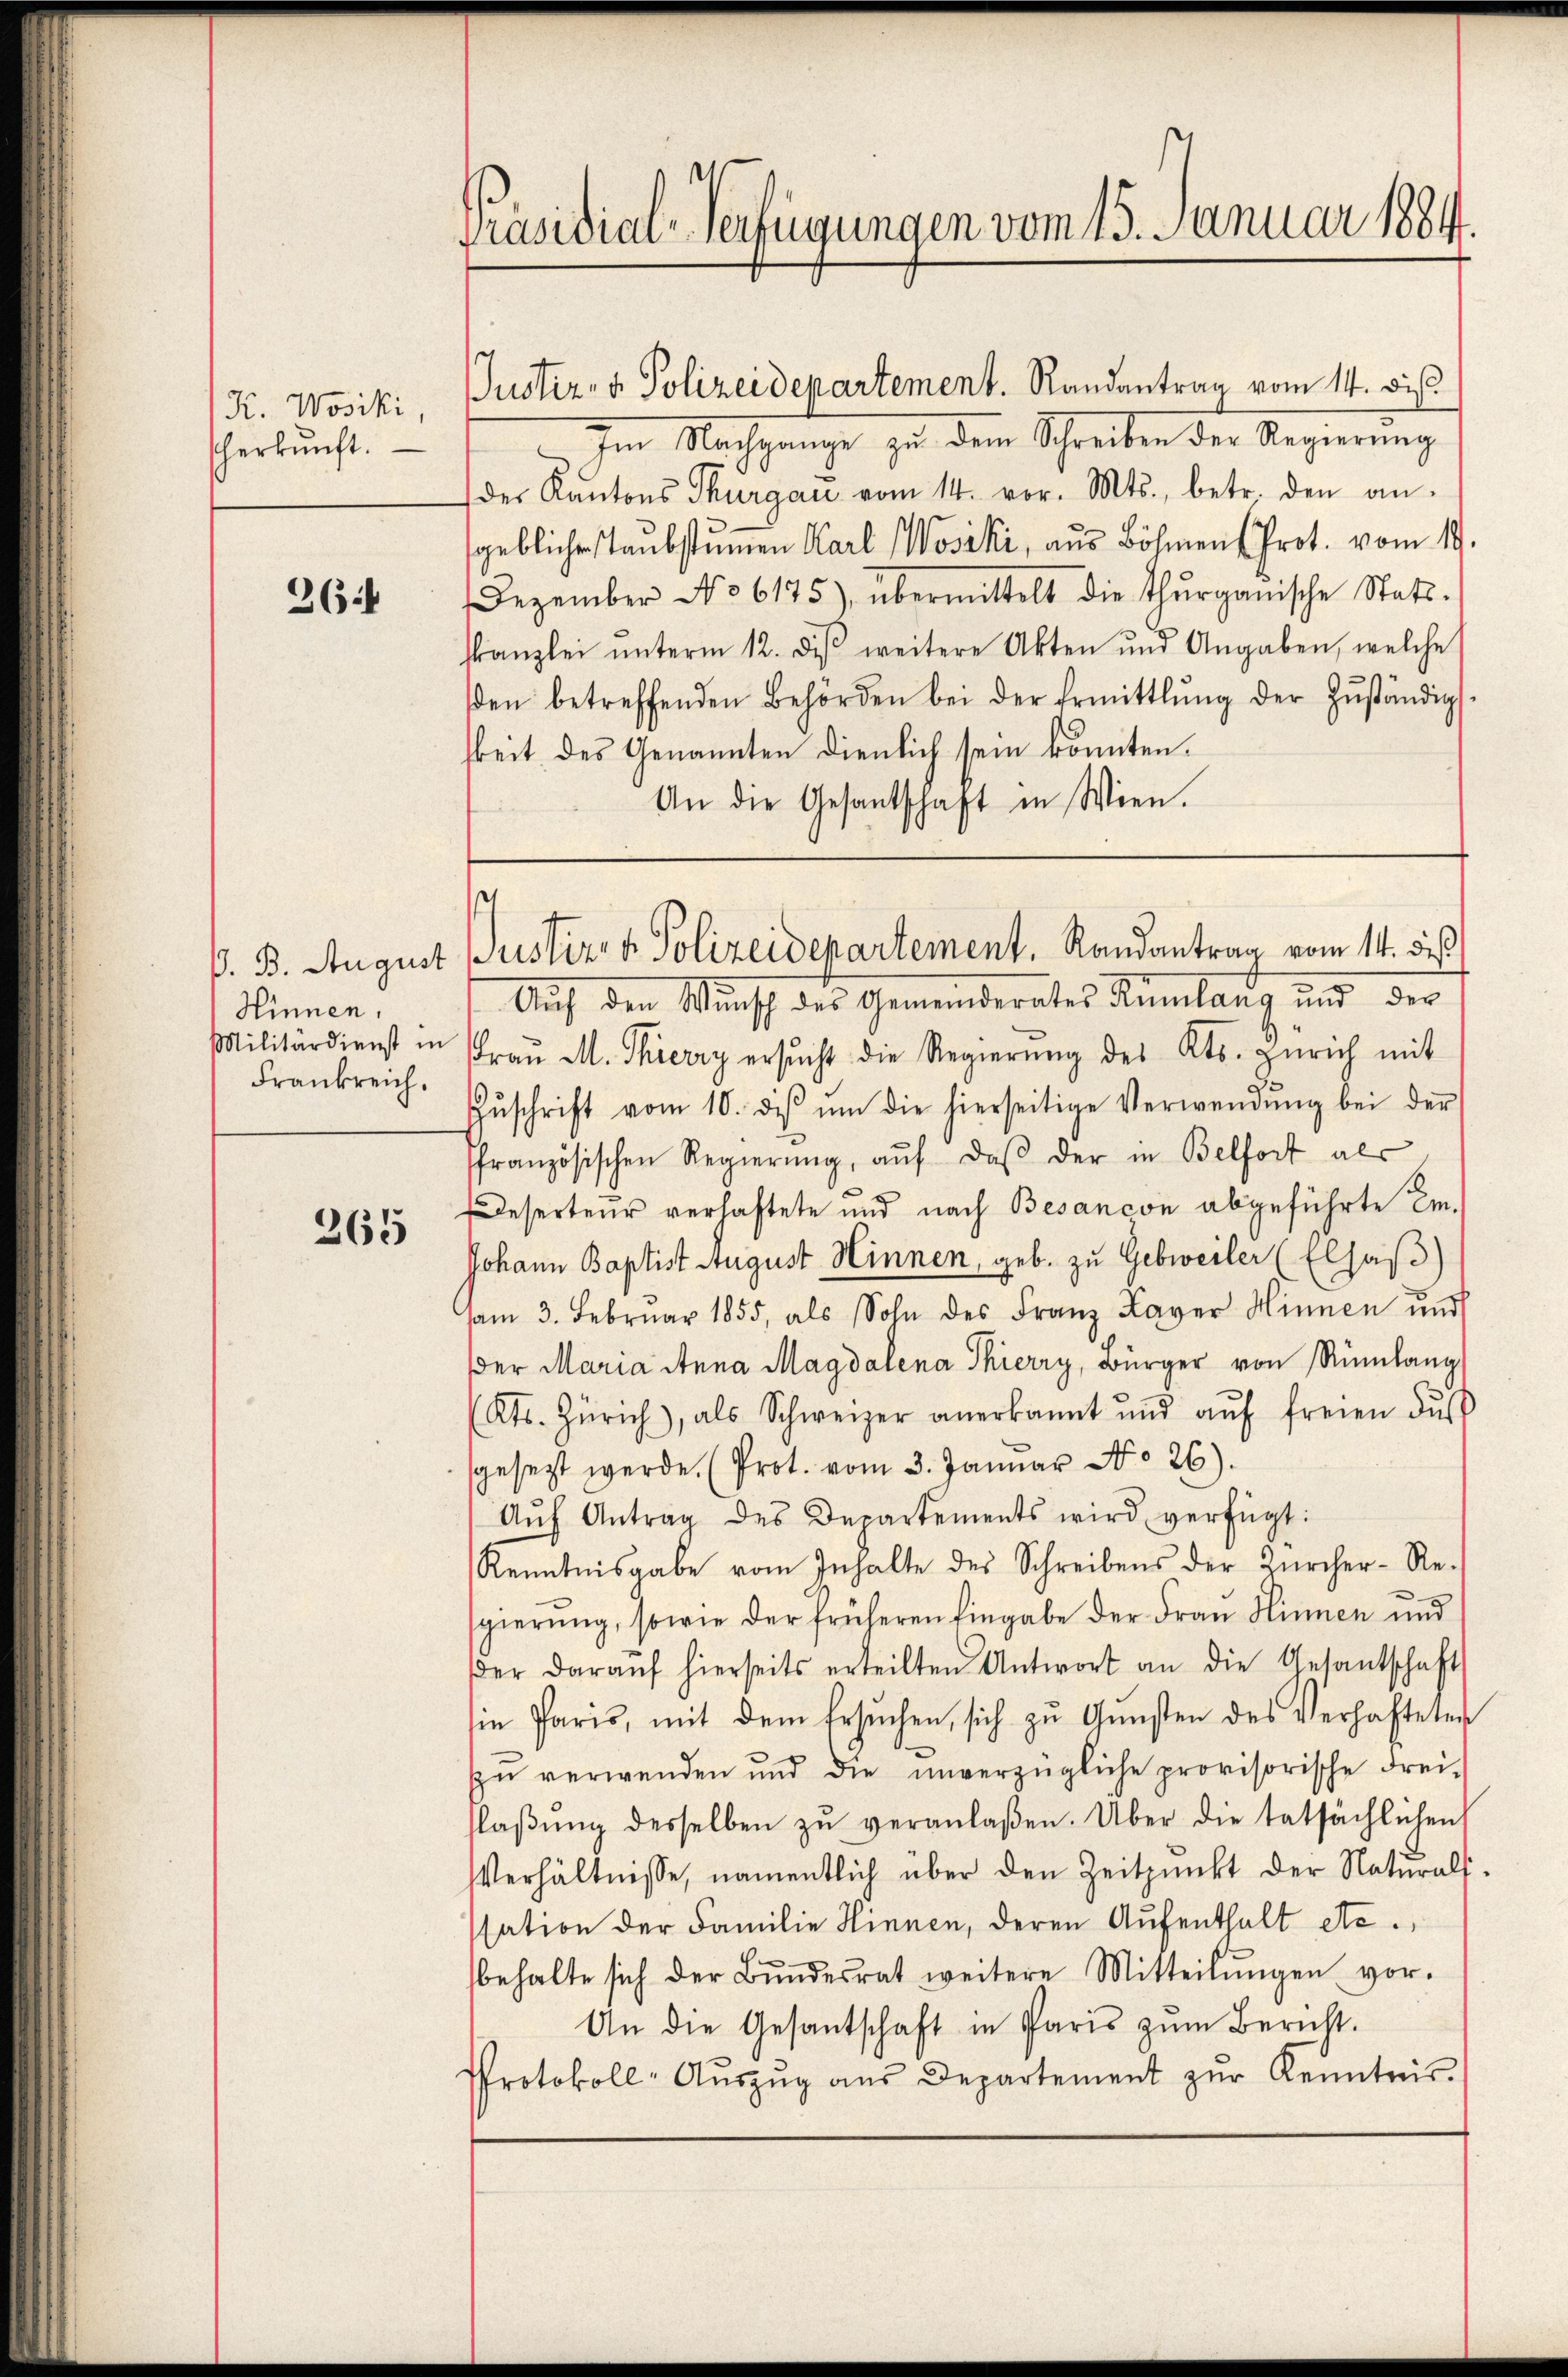
K. Wosiki,
scherkunft.

26

Hinnen.
Frankreich.

265

Im Nachgange zu dem Schreiben der Regierung
des Kantons Thurgau vom 14. vor. Mts., betr. den an-
gebliche Taubstummen Karl Wosiki, aus Böhmens Prot. vom 19.
Dezember No 6175), übermittelt die Thurgauische Statt.
skanzlei ŭnterm 12. des weitere Akten und Angaben, welche
βen betreffenden Behörden bei der Ermittlung der Zŭständig
keit des Genannten dienlich sein könnten.
An die Gesantschaft in Wien.

Präsidial-Verfügungen vom 15. Januar 1884.

Justiz- & Polizeidepartement. Randantrag vom 14. bis

¬
ß. B. August Justiz- & Polizeidepartement. Randantrag vom 14. dies

Auf den Wunsch des Gemeinderates Rümlang und der
Militärdienst in Fraŭ M. Thierry ersŭcht die Regierŭng des Kts. Zürich mit
Zŭschrift vom 10. ds ŭm die hierseitige Verwendŭng bei der
ffranzösischen Regierŭng, aŭf daβ der in Belfort als
eserteur verhaftete und nach Besancon abgeführte Em¬
Johann Baptist August Hinnen, geb. zu Gebweiler (Elsaß)
sam 3. Febrŭar 1855, als Sohn des Franz Xaver Hinnen und
dder Maria Anna Magdalena Thierry, Bürger von Rümlang
(Kts. Zürich, als Schweizer anerkannt und aŭf freien dŭ
gesezt werde. (Prot. vom 3. Januar No 26).
Aŭf Antrag des Departements wird verfügt:
Kenntnisgabe vom Inhalte des Schreibens der Zürcher-Re-
sgierung, sowie der früheren Eingabe der Frau Hinnen und
der daraŭf hierseits erteilten Antwort an die Gesantschaft
ie Paris, mit dem Ersuchen, sich zu Gunsten des Verhafteten
zŭ verwenden und die unverzügliche provisorische Frei-
laβŭng desselben zŭ veranlaßen. Über die tatsächlichen
VVerhältnisse, namentlich über den Zeitpunkt der Naturals-
ssation der Familie Hinnen, deren Aufenthalt etc.,
behalte sich der Bŭndesrat weitere Mitteilŭngen vor-
An die Gesantschaft in Paris zŭm Bericht.
Protokoll-Aŭszŭg aŭs Departement zŭr Kenntnis.